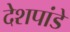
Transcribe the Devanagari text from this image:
देेशपांडे